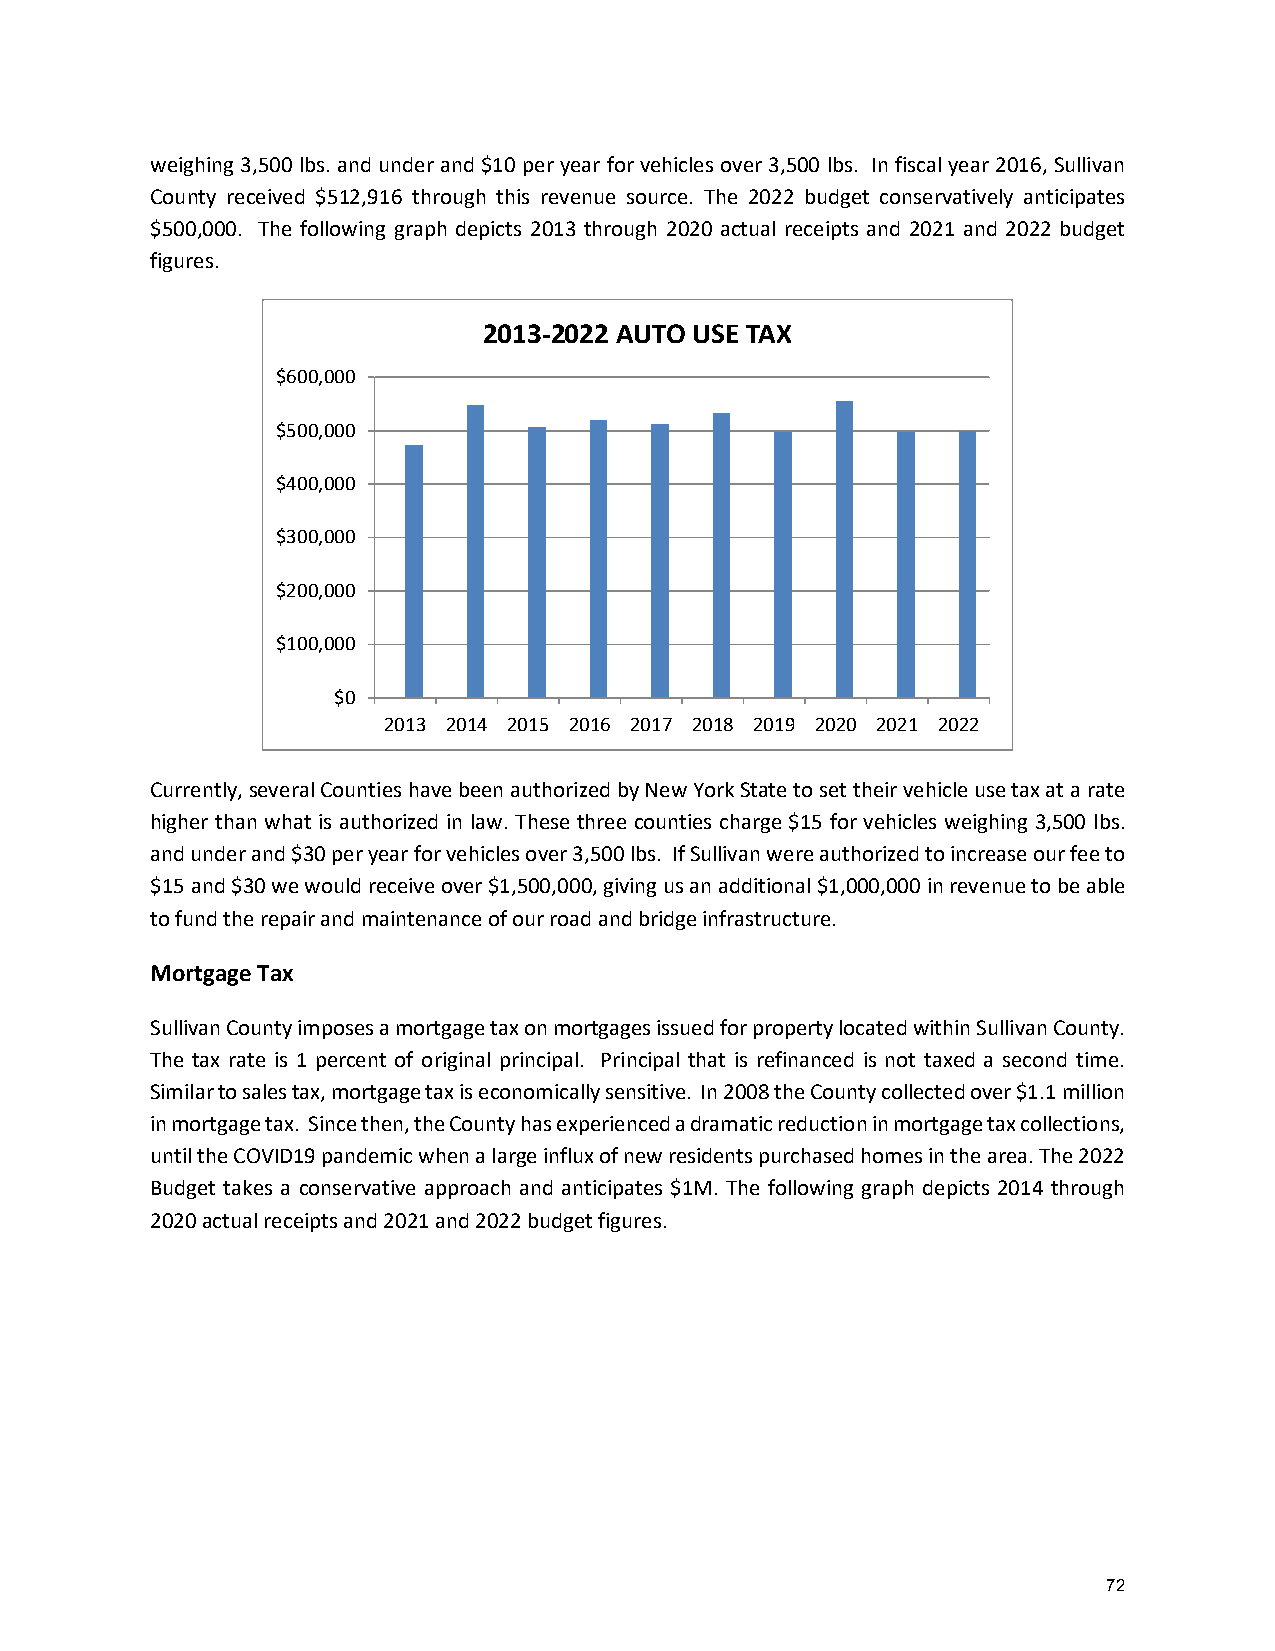
weighing 3,500 lbs. and under and $10 per year for vehicles over 3,500 lbs. In fiscal year 2016, Sullivan
 County received $512,916 through this revenue source. The 2022 budget conservatively anticipates
 $500,000. The following graph depicts 2013 through 2020 actual receipts and 2021 and 2022 budget
 figures.
 2013-2022 AUTO USE TAX
 $600,000
 $500,000
 $400,000
 $300,000
 $200,000
 $100,000
 $0
 2013 2014 2015 2016 2017 2018 2019 2020 2021 2022
 Currently, several Counties have been authorized by New York State to set their vehicle use tax at a rate
 higher than what is authorized in law. These three counties charge $15 for vehicles weighing 3,500 lbs.
 and under and $30 per year for vehicles over 3,500 lbs. If Sullivan were authorized to increase our fee to
 $15 and $30 we would receive over $1,500,000, giving us an additional $1,000,000 in revenue to be able
 to fund the repair and maintenance of our road and bridge infrastructure.
 Mortgage Tax
 Sullivan County imposes a mortgage tax on mortgages issued for property located within Sullivan County.
 The tax rate is 1 percent of original principal. Principal that is refinanced is not taxed a second time.
 Similar to sales tax, mortgage tax is economically sensitive. In 2008 the County collected over $1.1 million
 in mortgage tax. Since then, the County has experienced a dramatic reduction in mortgage tax collections,
 until the COVID19 pandemic when a large influx of new residents purchased homes in the area. The 2022
 Budget takes a conservative approach and anticipates $1M. The following graph depicts 2014 through
 2020 actual receipts and 2021 and 2022 budget figures.
 72